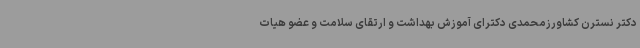
دکتر نسترن کشاورزمحمدی دکترای آموزش بهداشت و ارتقای سلامت و عضو هیات